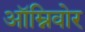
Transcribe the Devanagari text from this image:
ऑम्निवोर